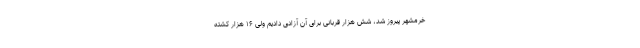
خرمشهر پیروز شد، شش هزار قربانی برای آن آزادی دادیم ولی ۱۶ هزار کشته